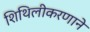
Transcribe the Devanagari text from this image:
शिथिलीकरणाने